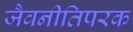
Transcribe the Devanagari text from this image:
जैवनीतिपरक